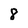
Character: 8